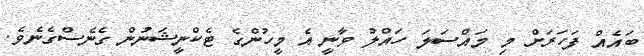
ބައެއް ފަހަރަށް މި މައްސަލަ ހައްލު ވާނީ އެ މީހުންގެ ޓެކްނީޝަނުން ގެނެސްގެނެވެ.